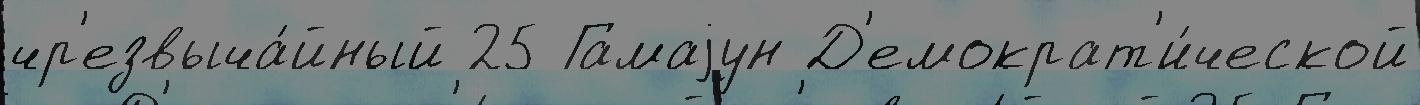
чр'езвыча́йный 25 Гамаjун Д'емократ'и́ческой